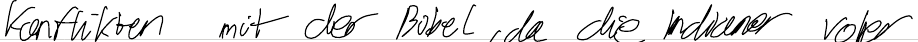
Konflikten mit der Bibel, da die Indianer vorher